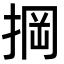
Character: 掆